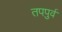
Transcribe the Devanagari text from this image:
तपपुर्व